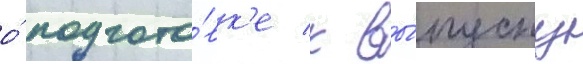
о́ подгото́вк'е к вы́пуску